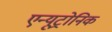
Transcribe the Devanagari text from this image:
एन्यूट्रोनिक